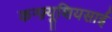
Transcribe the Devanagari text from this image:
कन्फ़्यूशियसाई